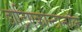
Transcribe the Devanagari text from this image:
डोट्रिएकोन्टानॉल